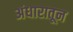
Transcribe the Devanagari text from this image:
अंधारातून